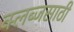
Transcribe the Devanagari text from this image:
क्लब्जसाठी